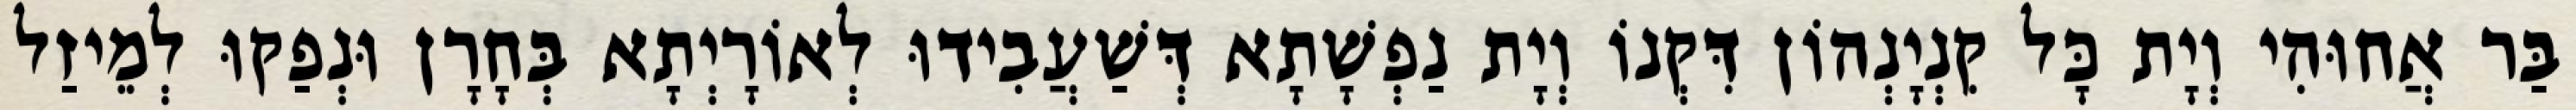
בַּר אֲחוּהִי וְיָת כָּל קִנְיָנְהוֹן דִּקְנוֹ וְיָת נַפְשָׁתָא דְּשַׁעֲבִידוּ לְאוֹרָיְתָא בְּחָרָן וּנְפַקוּ לְמֵיזַל